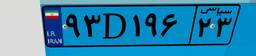
۳۵D۴۱۹۹۵